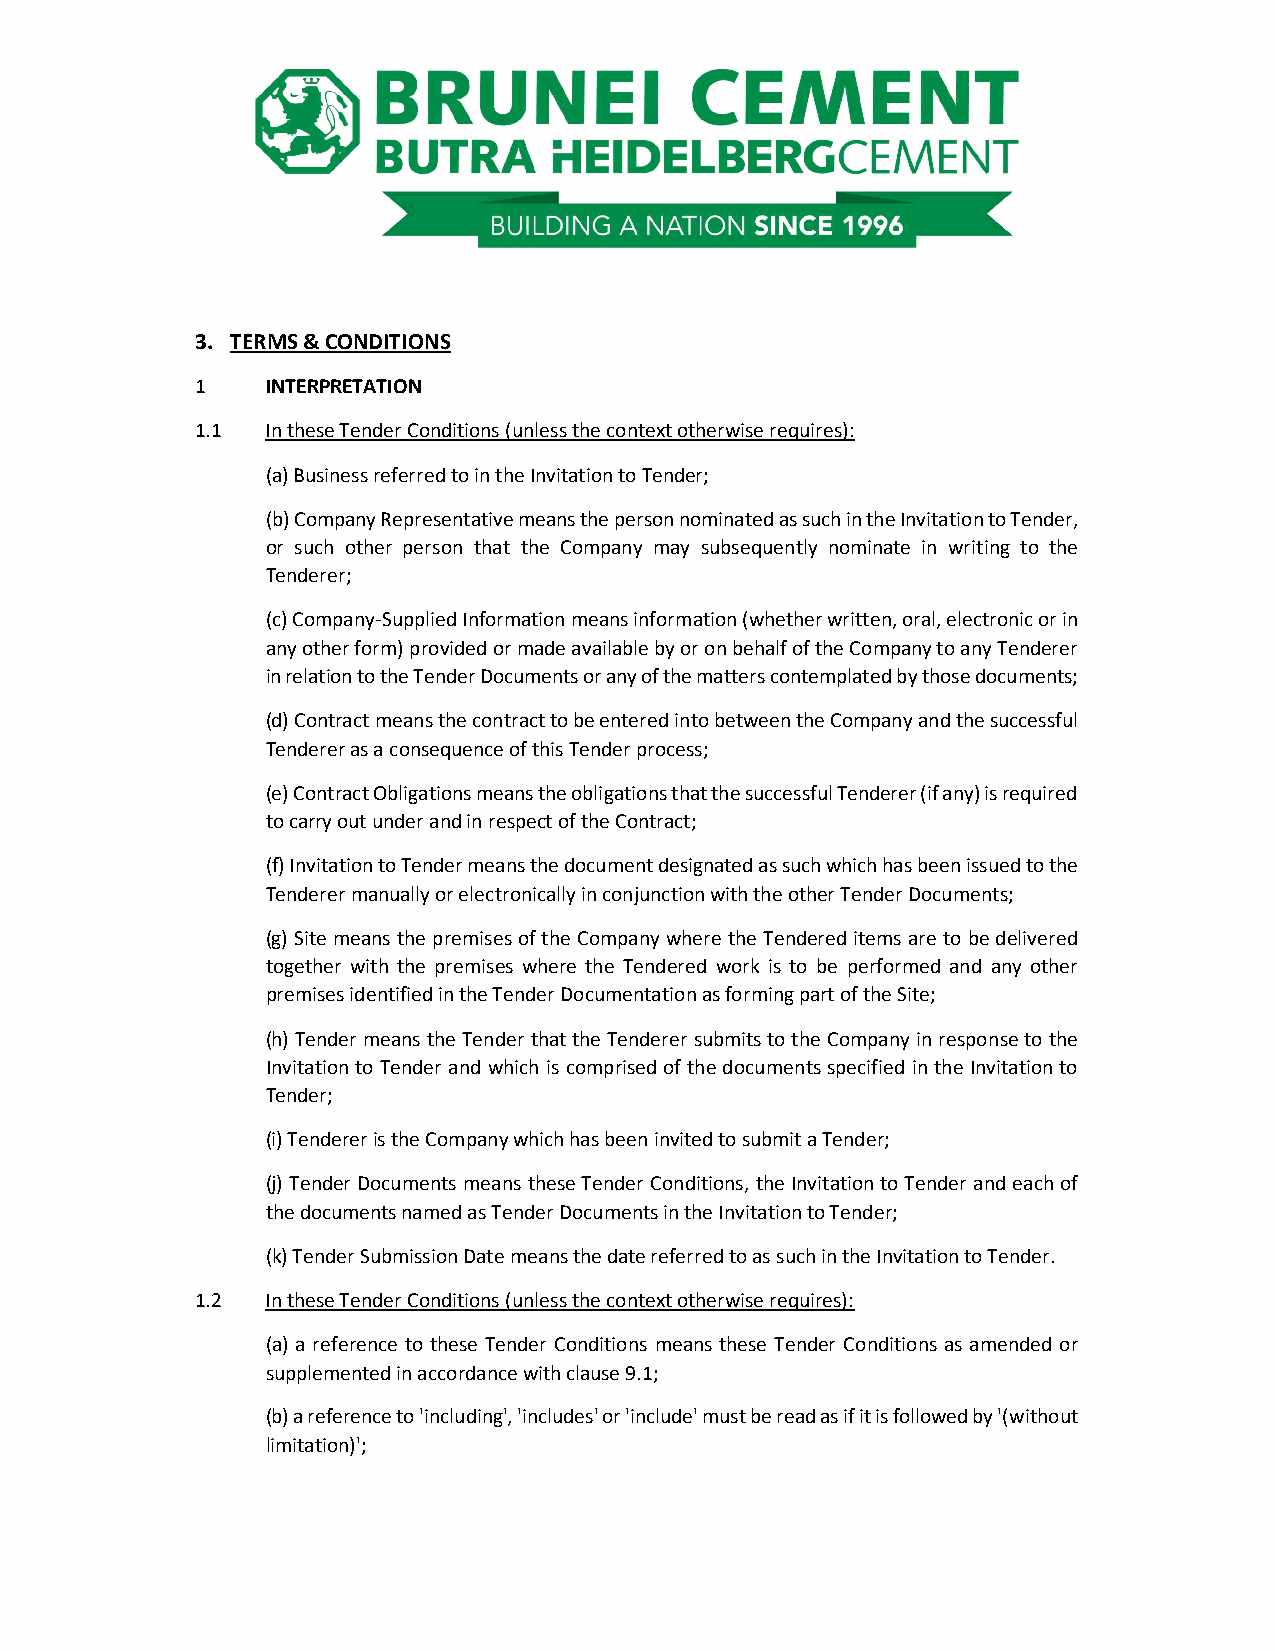
3. TERMS & CONDITIONS
 1    INTERPRETATION
 1.1  In these Tender Conditions (unless the context otherwise requires):
 (a) Business referred to in the Invitation to Tender;
 (b) Company Representative means the person nominated as such in the Invitation to Tender,
 or such other person that the Company may subsequently nominate in writing to the
 Tenderer;
 (c) Company-Supplied Information means information (whether written, oral, electronic or in
 any other form) provided or made available by or on behalf of the Company to any Tenderer
 in relation to the Tender Documents or any of the matters contemplated by those documents;
 (d) Contract means the contract to be entered into between the Company and the successful
 Tenderer as a consequence of this Tender process;
 (e) Contract Obligations means the obligations that the successful Tenderer (if any) is required
 to carry out under and in respect of the Contract;
 (f) Invitation to Tender means the document designated as such which has been issued to the
 Tenderer manually or electronically in conjunction with the other Tender Documents;
 (g) Site means the premises of the Company where the Tendered items are to be delivered
 together with the premises where the Tendered work is to be performed and any other
 premises identified in the Tender Documentation as forming part of the Site;
 (h) Tender means the Tender that the Tenderer submits to the Company in response to the
 Invitation to Tender and which is comprised of the documents specified in the Invitation to
 Tender;
 (i) Tenderer is the Company which has been invited to submit a Tender;
 (j) Tender Documents means these Tender Conditions, the Invitation to Tender and each of
 the documents named as Tender Documents in the Invitation to Tender;
 (k) Tender Submission Date means the date referred to as such in the Invitation to Tender.
 1.2  In these Tender Conditions (unless the context otherwise requires):
 (a) a reference to these Tender Conditions means these Tender Conditions as amended or
 supplemented in accordance with clause 9.1;
 (b) a reference to 'including', 'includes' or 'include' must be read as if it is followed by '(without
 limitation)';